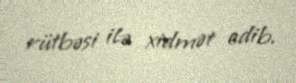
rütbəsi ilə xidmət edib.